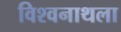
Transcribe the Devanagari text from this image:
विश्वनाथला